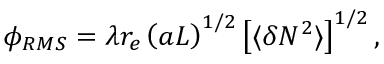
\phi _ { R M S } = \lambda r _ { e } \left( a L \right) ^ { 1 / 2 } \left[ \langle \delta N ^ { 2 } \rangle \right] ^ { 1 / 2 } ,